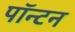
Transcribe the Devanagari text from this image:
पॉन्टन